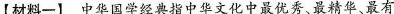
【材料一】中华国学经典指中华文化中最优秀、最精华、最有